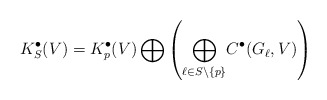
\begin{align*}K_S^{\bullet}(V)=K_p^{\bullet}(V) \bigoplus \left (\underset{\ell\in S\setminus \{p\}}\bigoplus C^{\bullet}(G_{\ell},V)\right )\end{align*}